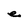
Character: e